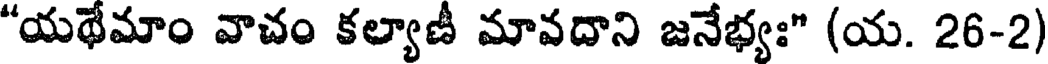
"యథేమాం వాచం కల్యాణీ మావదాని జనేభ్యః" (య. 26-2)